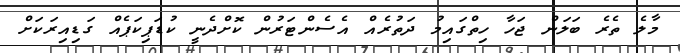
މާލެ ތެރެ ބަލަން ޖަހާ ހިތްގައިމު ދަތުރެއް އެސެންޓަރުން ކޮށްދެނީ ކުޑަޕިކަޕެއް ގަޑިއިިރަކަށް